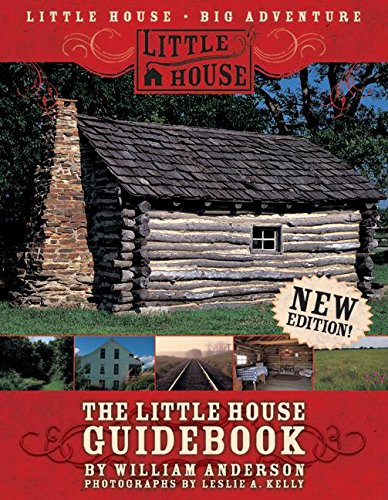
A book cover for The Little House Guidebook; William Anderson; Children's Books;